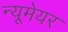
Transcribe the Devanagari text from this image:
न्यूमेयर